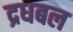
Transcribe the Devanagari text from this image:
द्रधबल